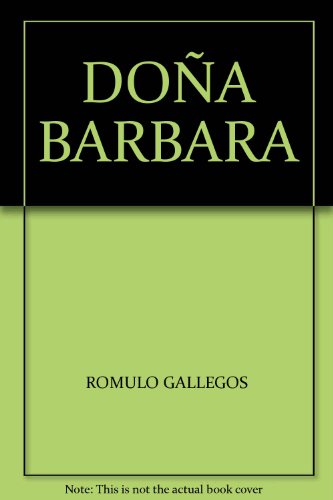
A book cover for DoÃ±a Barbara; Comics & Graphic Novels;